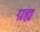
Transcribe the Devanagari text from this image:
ग्रह्य